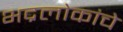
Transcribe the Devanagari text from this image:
भद्रलोकांचे